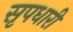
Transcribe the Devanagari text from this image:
सृपधारी